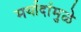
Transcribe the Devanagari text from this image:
मर्यादांमुळे